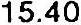
15.40